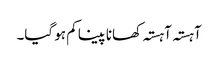
آہستہ آہستہ کھانا پینا کم ہو گیا۔